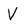
Character: V